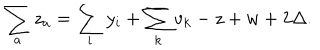
\sum _ { a } z _ { a } = \sum _ { i } y _ { i } + \sum _ { k } v _ { k } - z + w + 2 \Delta .